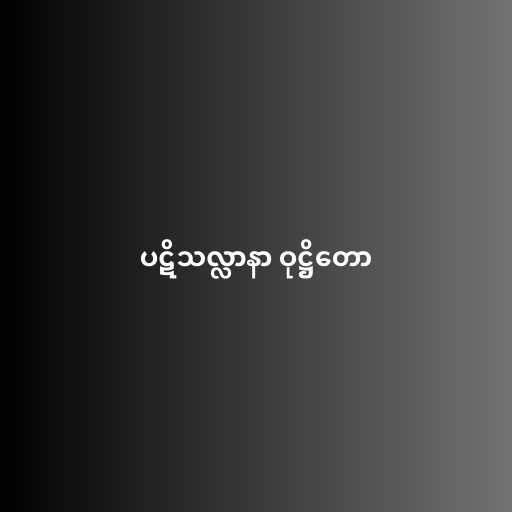
ပဋိသလ္လာနာ ဝုဋ္ဌိတော